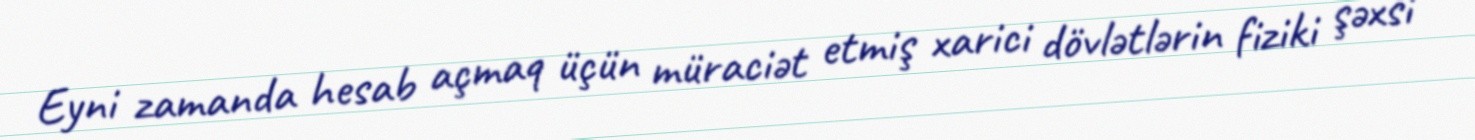
Eyni zamanda hesab açmaq üçün müraciət etmiş xarici dövlətlərin fiziki şəxsi